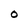
Character: O